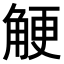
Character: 𧣲